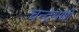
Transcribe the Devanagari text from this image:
चन्द्रमणी